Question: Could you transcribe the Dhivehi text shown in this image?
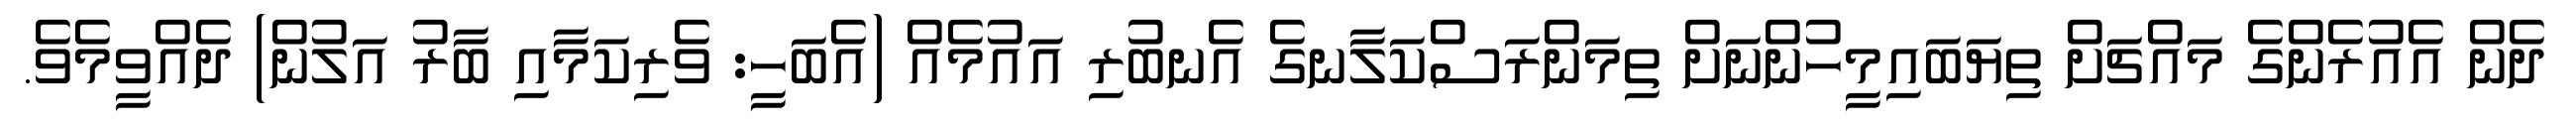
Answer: ދެން އެއުރެންގެ މައްޗަށް ތިޔަބައިމީހުންނަށް ތިމަންރަސްކަލާނގެ އެނބުރި އައުމެއް (އެބަހީ: ވެރިކަމާއި ބާރު އަލުން) ދެއްވީމެވެ.